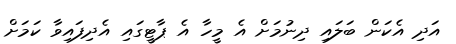
އަދި އެކަން ބަލައި ދިނުމަށް އެ މީހާ އެ ޕާޓީގައި އެދިފައިވާ ކަމަށް